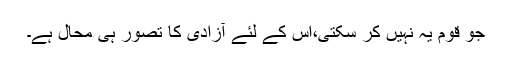
جو قوم یہ نہیں کر سکتی،اس کے لئے آزادی کا تصور ہی محال ہے۔